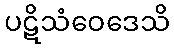
ပဋိသံဝေဒေသိ